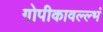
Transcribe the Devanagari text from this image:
गोपीकावल्ल्भं